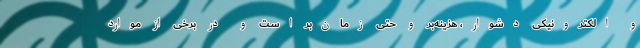
و الکترونیکی دشوار، هزینه‌بر و حتی زمان‌بر است و در برخی از موارد